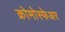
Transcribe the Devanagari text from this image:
क्रोमोस्फेअर